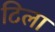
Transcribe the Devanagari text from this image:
टिला